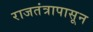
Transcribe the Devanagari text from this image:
राजतंत्रापासून